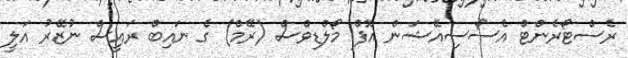
ރެސްޓޯރެންޓް އެސޯސިއޭޝަން އޮފް މޯލްޑިވްސް (ރޭމް) ގެ ނައިބް ރައީސް ނުޒޭރު އަލީ